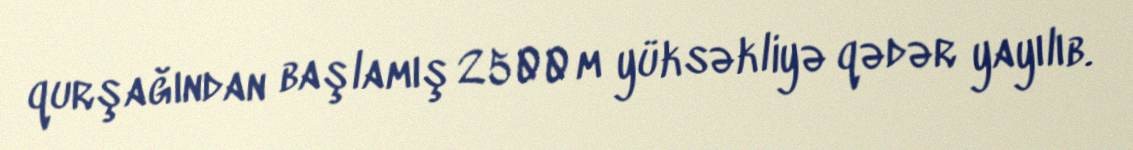
qurşağından başlamış 2500 m yüksəkliyə qədər yayılıb.